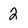
Character: 2